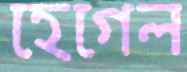
হেগেল